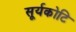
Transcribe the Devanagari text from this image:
सूर्यकोटि